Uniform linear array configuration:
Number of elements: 32
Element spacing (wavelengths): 0.75
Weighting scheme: binomial
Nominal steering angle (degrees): -45
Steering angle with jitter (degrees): -44.165
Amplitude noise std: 0.05
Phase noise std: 0.05

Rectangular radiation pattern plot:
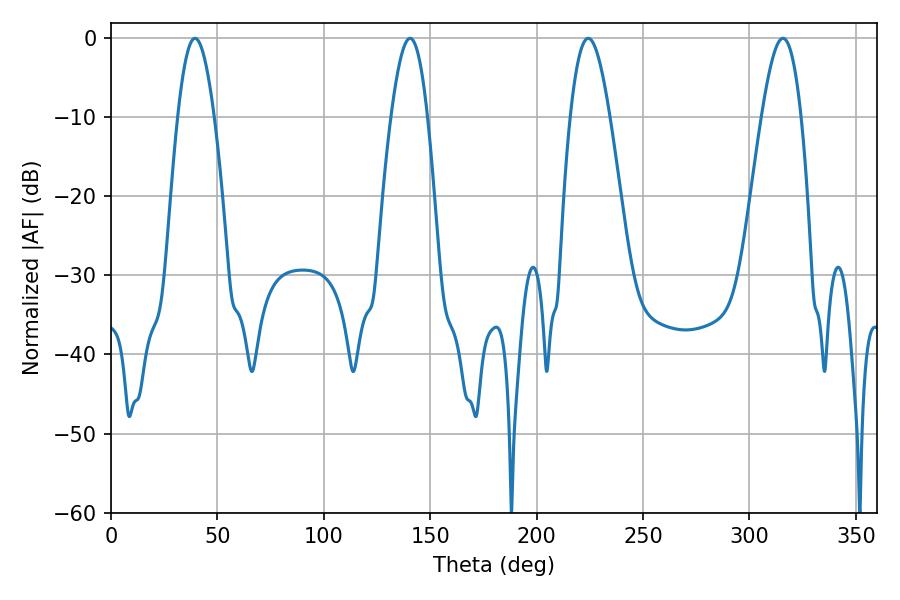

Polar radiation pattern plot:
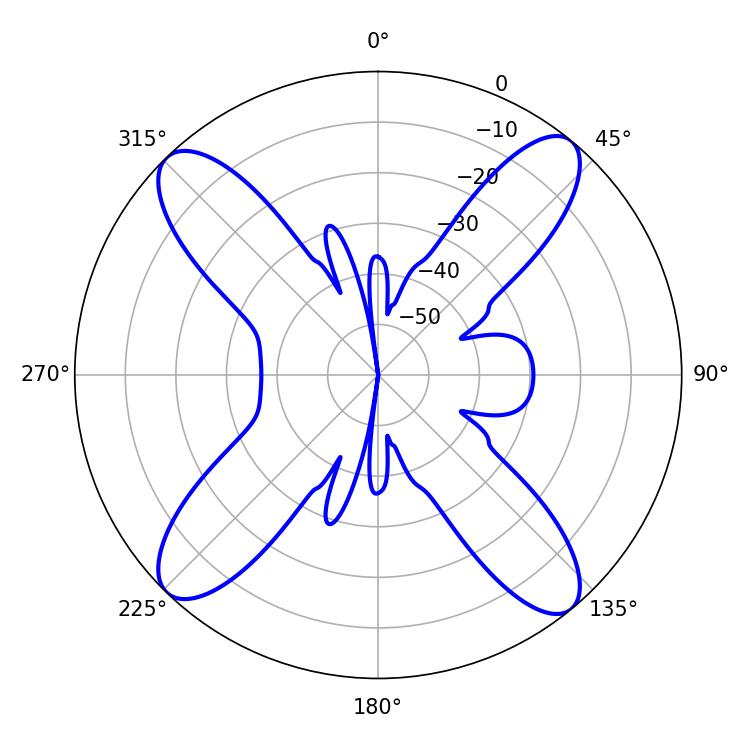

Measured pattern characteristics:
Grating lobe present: TRUE
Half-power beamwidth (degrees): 10.08
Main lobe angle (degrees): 224.28